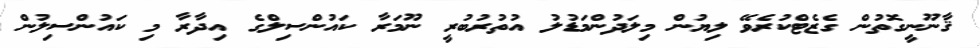
ޤާނޫނީގޮތުން ގެޒެޓްކުރެވޭ ލިޔުން މިލަދުންމަޑުލު އުތުރުބުރީ ނޫމަރާ ކައުންސިލްގެ އިދާރާ މި ކައުންސިލުން